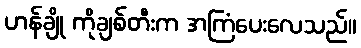
ဟန်ချို ကိုချစ်တီးက အကြံပေးလေသည်။